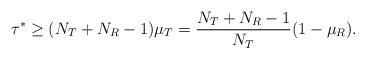
LaTeX: \begin{align*}\tau^*\ge (N_T+N_R-1)\mu_T=\frac{N_T+N_R-1}{N_T}(1-\mu_R).\end{align*}